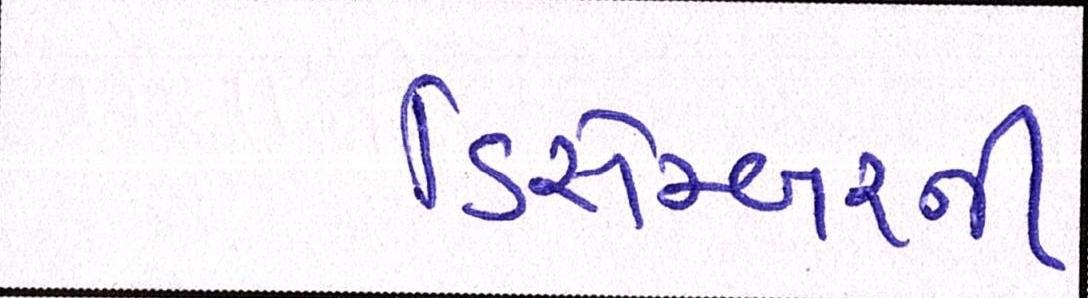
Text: ડિસેમ્બરની